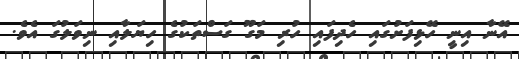
އޭނާ އިނީ ހޭޅިފަށުގައި ހެދިފައި ހުރި މަގޫ ގަސްތަކުގެ ހިޔަލާއި ނިވަލުގަ އެވެ.